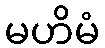
မဟိမံ